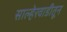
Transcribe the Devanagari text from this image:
साल्हेरवाडीतून